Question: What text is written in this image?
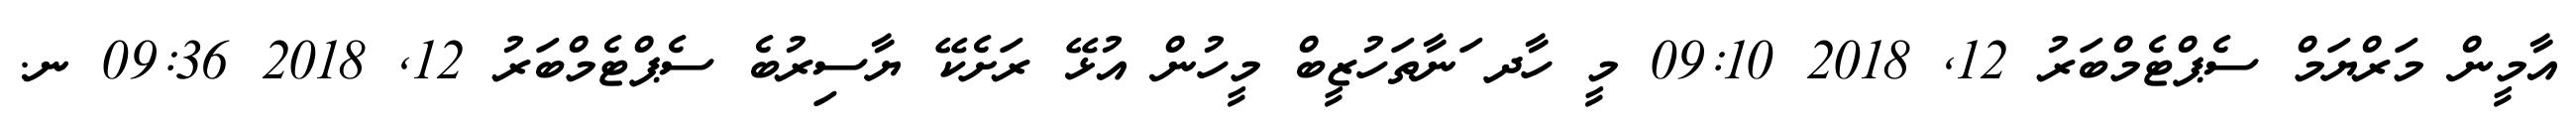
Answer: އާމީން މަރްޔަމް ސެޕްޓެމްބަރު 12, 2018 09:10 މީ ހާދ ަނާތަހުޒީބް މީހުން އުޅޭ ރަށެކޭ ޔާސިރުބެ ސެޕްޓެމްބަރު 12, 2018 09:36 ނ.